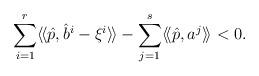
LaTeX: \begin{align*}\sum_{i=1}^r\langle\!\langle \hat{p}, \hat{b}^i-\xi^i\rangle\!\rangle-\sum_{j=1}^s\langle\!\langle \hat{p},a^j\rangle\!\rangle <0. \end{align*}